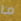
ما